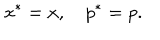
LaTeX: x ^ { \ast } = x , \quad p ^ { \ast } = p .